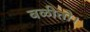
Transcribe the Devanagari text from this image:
बळीतो।